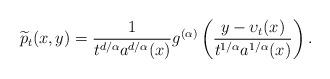
LaTeX: \begin{align*}\widetilde p_t(x,y)= \frac{1}{t^{d/\alpha}a^{d/\alpha}(x)}g^{(\alpha)}\left({y-\upsilon_t(x)\over t^{1/\alpha}a^{1/\alpha}(x)}\right).\end{align*}